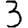
Digit: 3